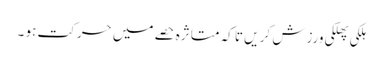
ہلکی پھلکی ورزش کر یں تا کہ متا ثرہ حصے میں حر کت ہو ۔